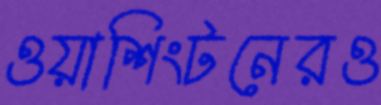
ওয়াশিংটনেরও